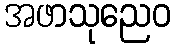
အဖာသုညေဝ